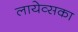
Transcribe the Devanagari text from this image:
लायेव्सका